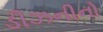
ડીઝનીનો